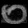
Digit: ၀